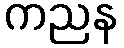
ကညန